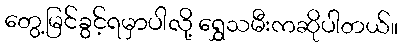
တွေ့မြင်ခွင့်ရမှာပါလို့ ရွှေသမီးကဆိုပါတယ်။